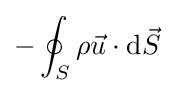
-\oint _{S}\rho {\vec {u}}\cdot \mathrm {d} {\vec {S}}